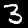
Digit: 3